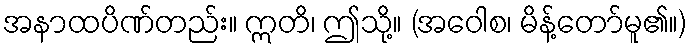
အနာထပိဏ်တည်း။ ဣတိ၊ ဤသို့။ (အဝေါစ၊ မိန့်တော်မူ၏။)